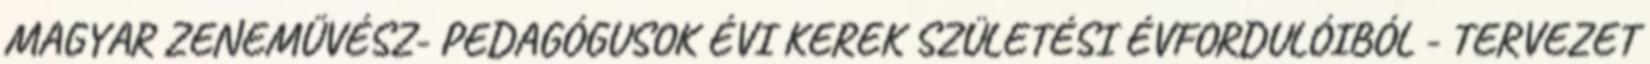
MAGYAR ZENEMŰVÉSZ- PEDAGÓGUSOK ÉVI KEREK SZÜLETÉSI ÉVFORDULÓIBÓL - TERVEZET